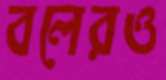
বলেরও